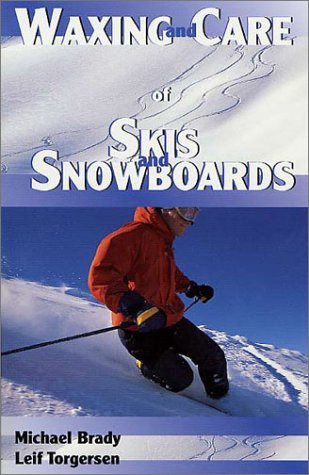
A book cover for Waxing and Care of Skis and Snowboards; M. Michael Brady; Sports & Outdoors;